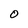
Character: O